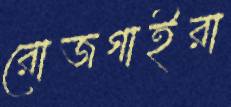
রোজগাইরা